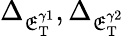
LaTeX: \Delta_{\mathfrak{E}_{\mathrm{{T}}}^{\gamma1}},\Delta_{\mathfrak{E}_{\mathrm{{T}}}^{\gamma2}}